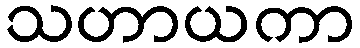
သဟာယကာ